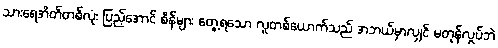
သားရေအိတ်တစ်လုံး ပြည့်အောင် စိန်များ တွေ့ရသော လူတစ်ယောက်သည် အဘယ်မှာလျှင် မတုန်လှုပ်ဘဲ